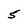
Character: 5